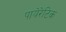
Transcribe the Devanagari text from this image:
पायेरेटिक